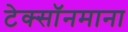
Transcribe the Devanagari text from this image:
टेक्सॉनमाना